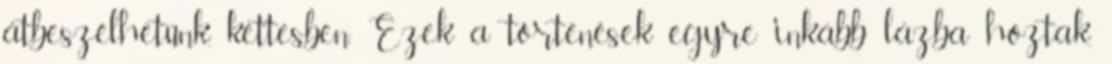
átbeszélhetünk, kettesben. Ezek a történések egyre inkább lázba hoztak,